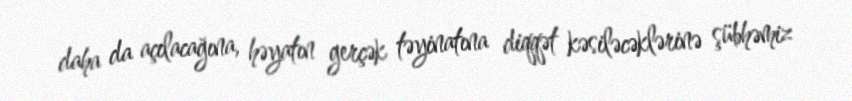
daha da açılacağına, həyatın gerçək təyinatına diqqət kəsiləcəklərinə şübhəmiz